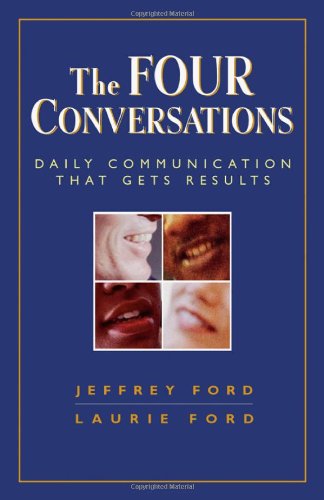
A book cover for The Four Conversations: Daily Communication That Gets Results; Jeffrey Ford; Reference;